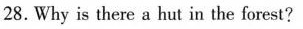
28.Why is there a hut in the forest?